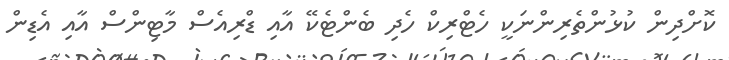
ކޮށްދިން ކުޅުންތެރިންނަކީ ހެޓްރިކް ހެދި ބެންޓެކޭ އާއި ޑްރިއެސް މާޓިންސް އާއި އެޑިން